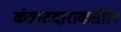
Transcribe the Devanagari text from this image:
कंत्राटदाराकडील